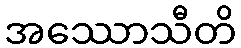
အဿောသီတိ